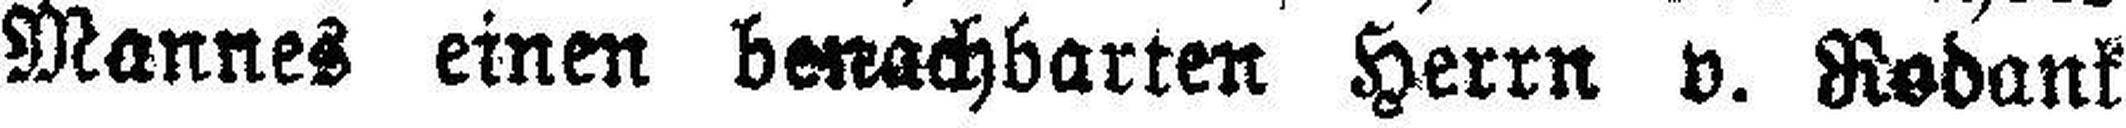
Mannes einen benachbarten Herrn v. Rodank